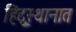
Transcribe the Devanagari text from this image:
हिंदु्स्थानात